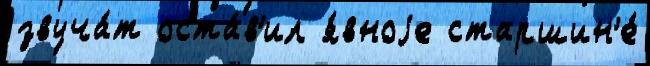
звуча́т оста́в'ил я́вноjе старшин'е́